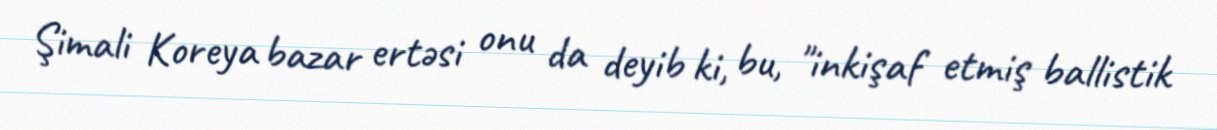
Şimali Koreya bazar ertəsi onu da deyib ki, bu, "inkişaf etmiş ballistik